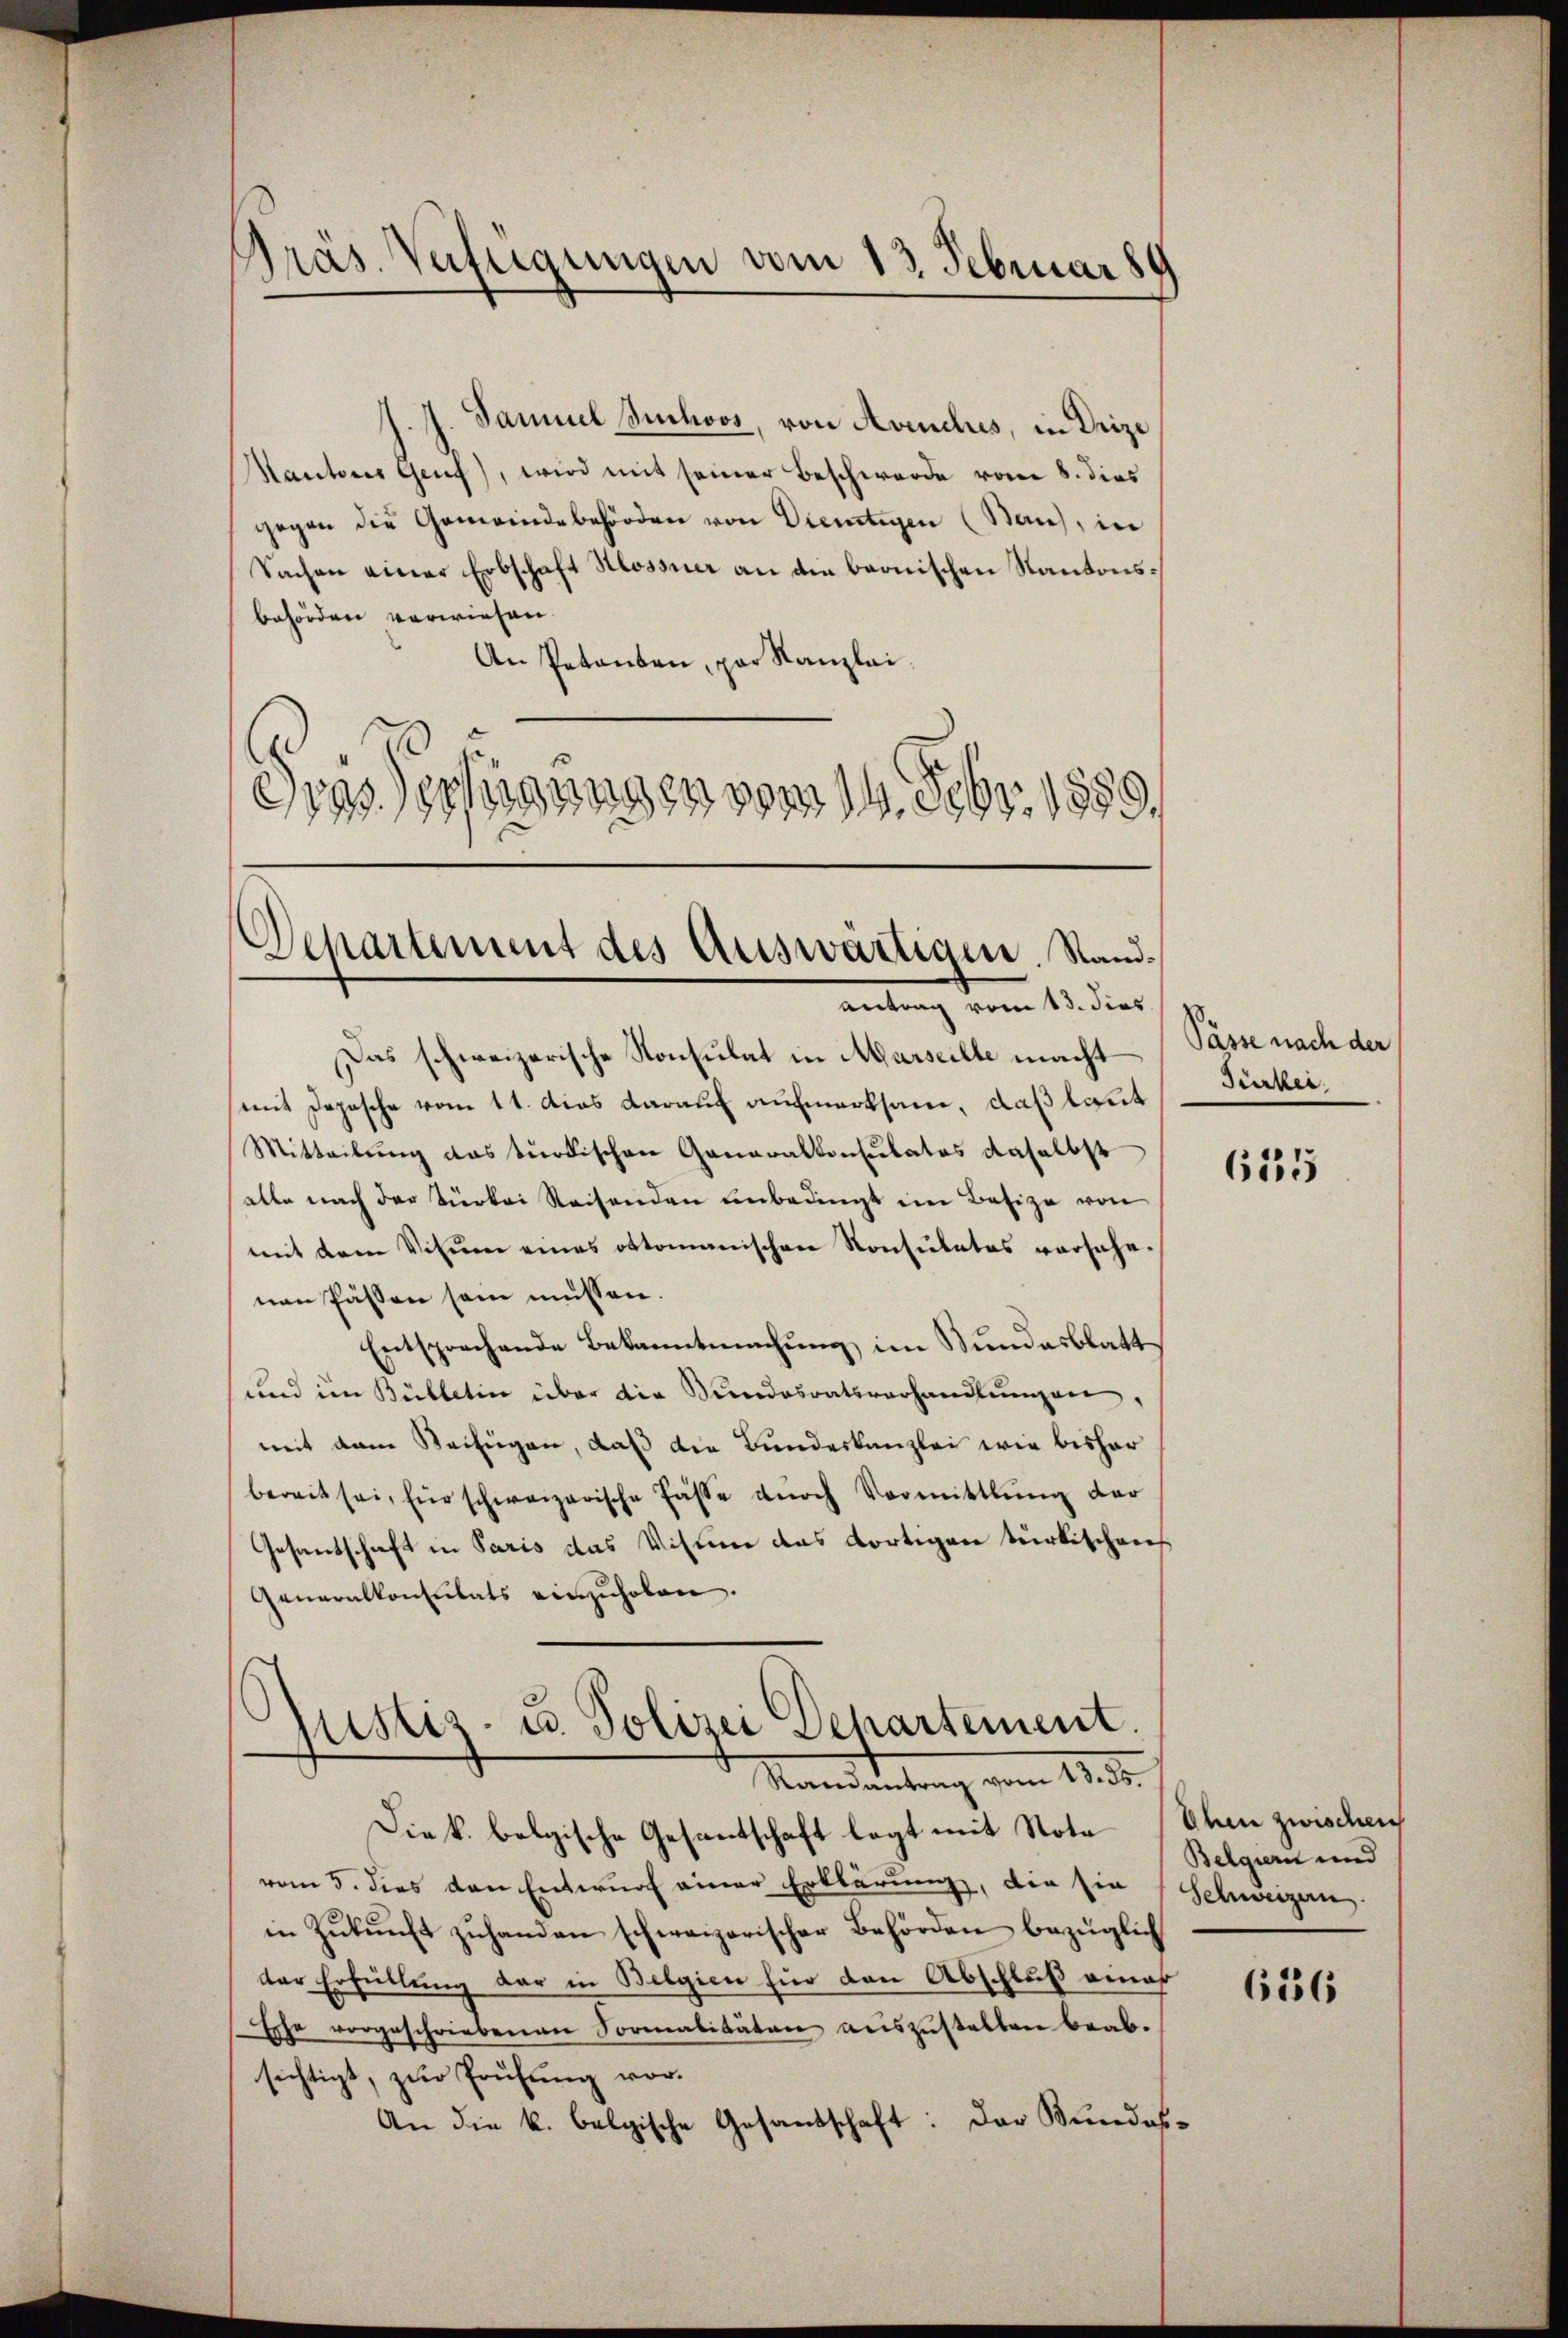
Präs. Verfügungen vom 13. Februar 189

f. J. Samuel Schoos, von Avenclus, in Drize
Mantons Genf), wird mit seiner Beschwerde vom 8. dies
gegen die Gemeindebehörden von Dientigen (Bau), in
Sachen einer Erbschaft Hlossner an die beonischen Kantonsbehörden verwiesen.
An Petenten, par Kanzlei
Gras Verfügungen vom 14. Febr. 1889.

Departement des Auswärtigen. Sandantrag vom 13. dies

Das schweizerische Konsulat in Marseille macht
mit Depesche vom 11. dies darauf aufmerksam, daß laut
Mitteilŭng das burdischen Generalkonsulatos daselbst
alle nach der Türkei Reisenden unbedingt im Besize von
mit dem Visum eines oktomanischen Konsulates vorsehenen fassen sein müssen.
Entsprechende Bekanntmachung im Bundesblatt
und im Bülletin über die Bundesratsverhandlungen,
mit dem Beifügen, daß die Bundeskanzlei wie bisher
bereit sei, für schweizerische Fasse dŭrch Vormittlung der
Gesandschaft in Paris das Visum das dortigen türkischens
Generalkonsulats einzuholen.

Justiz- u. Polizei Departement.
Randantrag vom 13. 35.

Die k. belgische Gesandtschaft legt mit Note (Ehen zwischen
vom 5. dies den Entwurf einer Erklärung, die sie (Schweizern
in Zŭkŭnft zŭhanden schweizerischer Behörden bezüglich
der Erfüllung der in Belgien für den Abschluß einer
Ehe vorgeschriebenen Formalitäten auszustalten beabsichtigt, zur Prüfung vor.
An die k. belgische Gesandschaft: Der Bundes¬

Pässe nach der
Türkei.

615

Belgiern und

656